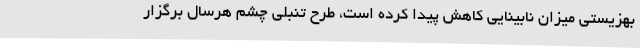
بهزیستی میزان نابینایی کاهش پیدا کرده است، طرح تنبلی چشم هرسال برگزار